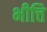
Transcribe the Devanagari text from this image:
भीत्ति